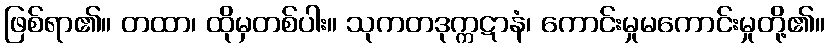
ဖြစ်ရာ၏။ တထာ၊ ထိုမှတစ်ပါး။ သုကတဒုက္ကဋာနံ၊ ကောင်းမှုမကောင်းမှုတို့၏။